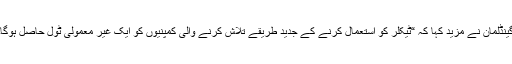
گینڈلمان نے مزید کہا کہ “ٹیکلر کو استعمال کرنے کے جدید طریقے تلاش کرنے والی کمپنیوں کو ایک غیر معمولی ٹول حاصل ہوگا۔